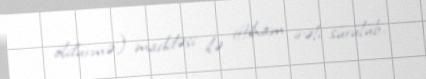
öldürmə) maddəsi ilə ittiham irəli sürülüb.